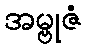
အမ္ဗုဇံ